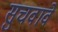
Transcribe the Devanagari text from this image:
सुचवावे